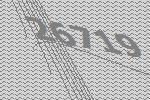
26719